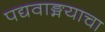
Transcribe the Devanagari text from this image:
पद्यवाङ्मयाचा